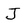
Character: J